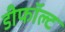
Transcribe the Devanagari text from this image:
डीफॉल्ट